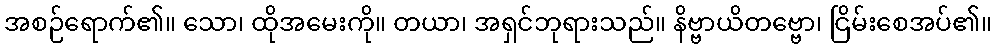
အစဉ်ရောက်၏။ သော၊ ထိုအမေးကို။ တယာ၊ အရှင်ဘုရားသည်။ နိဗ္ဗာယိတဗ္ဗော၊ ငြိမ်းစေအပ်၏။